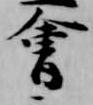
会